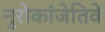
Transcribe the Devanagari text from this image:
नुरोकांजेतिवे